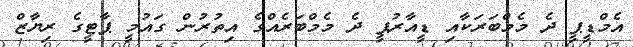
އެމްޑީޕީ ދެ މެމްބަރަކާއި ޑީއާރުޕީ ދެ މެމްބަރެއްގެ އިތުރުން ގައުމީ ޕާޓީގެ ރިޔާޒް